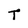
Character: T